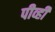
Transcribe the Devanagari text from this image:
पीव्ही